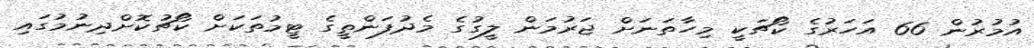
އުމުރުން 66 އަހަރުގެ ކޯޗަކީ މިހާތަނަށް ޖަރުމަން ލީގުގެ މެދުފަންތީގެ ޓީމުތަކަށް ކޯޗުކޮށްދިނުމުގައި